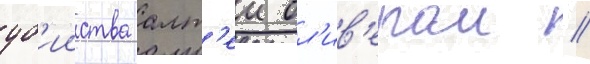
уб'ииства алт'еи ол'ив'ером //